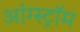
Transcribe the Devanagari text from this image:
आंग्स्ट्रॉम